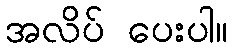
အလိပ် ပေးပါ။